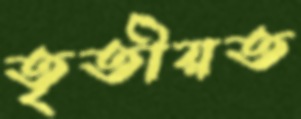
তৃতীয়ত